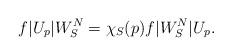
LaTeX: \begin{align*}f|U_p|W_S^N = \chi_S(p)f|W_S^N|U_p.\end{align*}